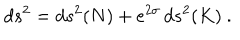
LaTeX: d s ^ { 2 } = d s ^ { 2 } ( N ) + e ^ { 2 \sigma } \, d s ^ { 2 } ( K ) ~ .